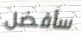
سأفضل